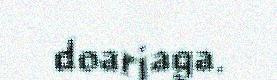
doarjaga.